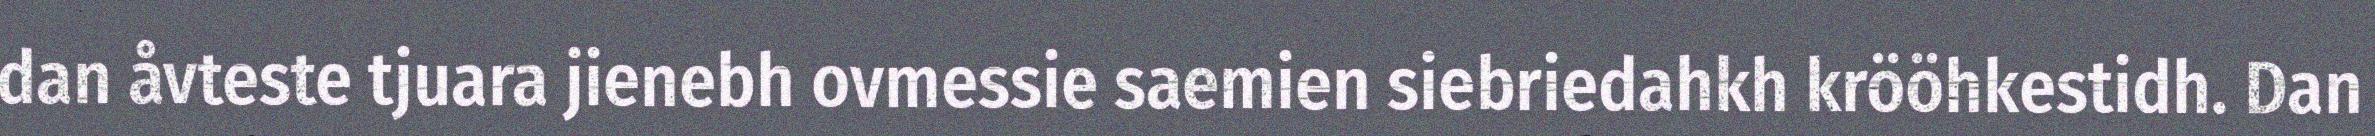
dan åvteste tjuara jienebh ovmessie saemien siebriedahkh krööhkestidh. Dan